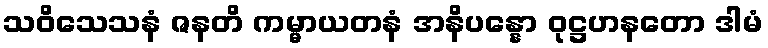
သဝိသေသနံ ဇနတိ ကမ္မာယတနံ အနိပန္နော ဝုဋ္ဌဟနတော ဒါမံ